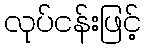
လုပ်ငန်းဖြင့်